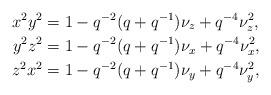
LaTeX: \begin{align*}x^2y^2 &= 1-q^{-2}(q+q^{-1})\nu_z + q^{-4}\nu_z^2, \\y^2z^2 &= 1-q^{-2}(q+q^{-1})\nu_x + q^{-4}\nu_x^2,\\z^2x^2 &= 1-q^{-2}(q+q^{-1})\nu_y + q^{-4}\nu_y^2,\end{align*}